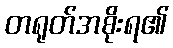
တရုတ်အစိုးရ၏